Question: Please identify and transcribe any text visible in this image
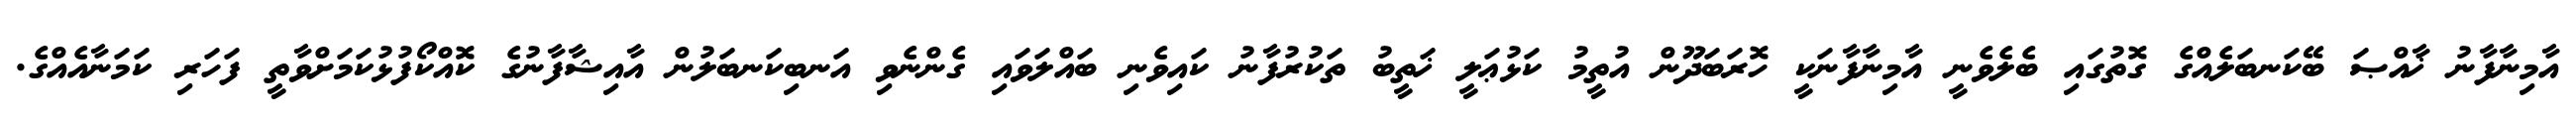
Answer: އާމިނާފާނު ޚާއްޞަ ބޭކަނބަލެއްގެ ގޮތުގައި ބެލެވެނީ އާމިނާފާނަކީ ހޮރަބަދޫން އުތީމު ކަޅުޢަލީ ޚަތީބު ތަކުރުފާނު ކައިވެނި ބައްލަވައި ގެންނެވި އަނބިކަނބަލުން އާއިޝާފާނުގެ ކޮއްކޯފުޅުކަމަށްވާތީ ފަހަރި ކަމަނާއެއްގެ.